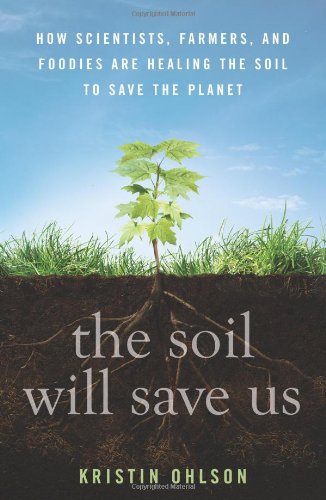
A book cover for The Soil Will Save Us: How Scientists, Farmers, and Foodies Are Healing the Soil to Save the Planet; Kristin Ohlson; Science & Math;